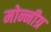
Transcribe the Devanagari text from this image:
मोन्नीग्र